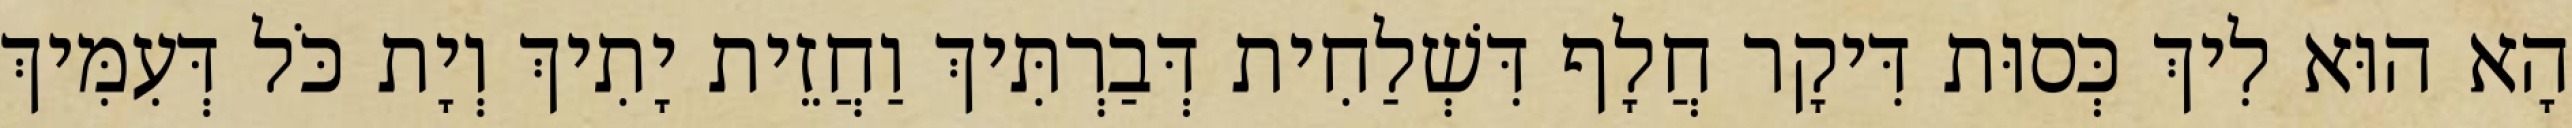
הָא הוּא לִיךְ כְּסוּת דִּיקָר חֲלָף דִּשְׁלַחִית דְּבַרְתִּיךְ וַחֲזֵית יָתִיךְ וְיָת כֹּל דְּעִמִּיךְ